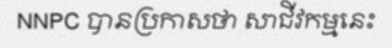
NNPC បានប្រកាសថា សាជីវកម្មនេះ